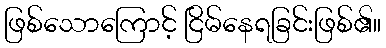
ဖြစ်သောကြောင့် ငြိမ်နေရခြင်းဖြစ်၏။